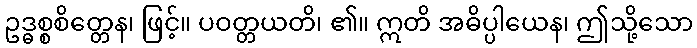
ဥဒ္ဓစ္စစိတ္တေန၊ ဖြင့်။ ပဝတ္တယတိ၊ ၏။ ဣတိ အဓိပ္ပါယေန၊ ဤသို့သော